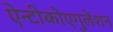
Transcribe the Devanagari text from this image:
ऐन्टीकोएगुलेंशन